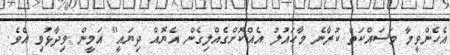
އެހެންވީމާ މަސައްކަތް ކުރާނެ މާހައުލު އެއްކޮށްގެއްލިގެން އެޔޮއް ދިޔައީ" އަމީން ވިދާޅުވި އެވެ.